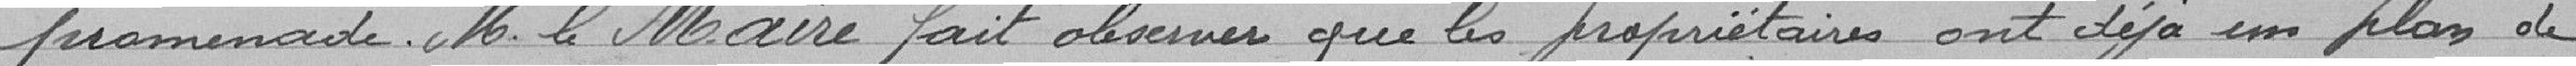
promenade. Monsieur le Maire fait observe que les propriétaires ont déjà un plan de